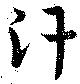
汗